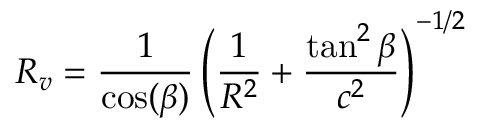
R _ { v } = \frac { 1 } { \cos ( \beta ) } \left( \frac { 1 } { R ^ { 2 } } + \frac { \tan ^ { 2 } \beta } { c ^ { 2 } } \right) ^ { - 1 / 2 }